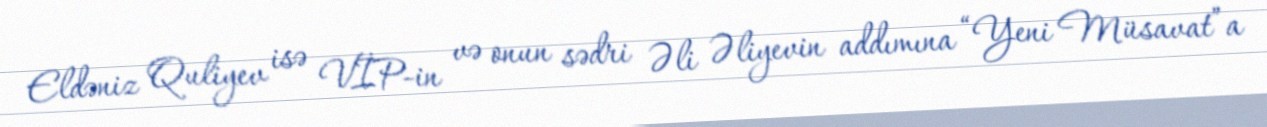
Eldəniz Quliyev isə VİP-in və onun sədri Əli Əliyevin addımına “Yeni Müsavat”a